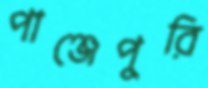
পাঞ্জেপুরি